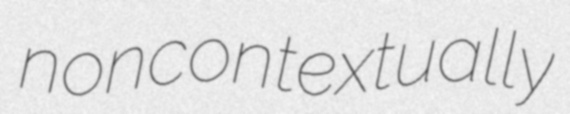
noncontextually